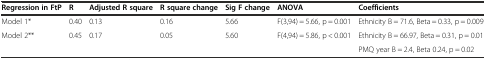
<table><thead><tr><td><b>Regression in FtP</b></td><td><b>R</b></td><td><b>Adjusted R square</b></td><td><b>R square change</b></td><td><b>Sig F change</b></td><td><b>ANOVA</b></td><td><b>Coefficients</b></td></tr></thead><tbody><tr><td>Model 1*</td><td>0.40</td><td>0.13</td><td>0.16</td><td>5.66</td><td>F(3,94) = 5.66, p = 0.001</td><td>Ethnicity B = 71.6, Beta = 0.33, p = 0.009</td></tr><tr><td>Model 2**</td><td>0.45</td><td>0.17</td><td>0.05</td><td>5.60</td><td>F(4,94) = 5.86, p &lt; 0.001</td><td>Ethnicity B = 66.97, Beta = 0.31, p = 0.01</td></tr><tr><td></td><td></td><td></td><td></td><td></td><td></td><td>PMQ year B = 2.4, Beta 0.24, p = 0.02</td></tr></tbody></table>